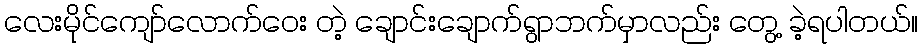
လေးမိုင်ကျော်လောက်ဝေး တဲ့ ချောင်းချောက်ရွာဘက်မှာလည်း တွေ့ ခဲ့ရပါတယ်။